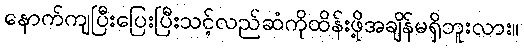
နောက်ကျပြီးပြေးပြီးသင့်လည်ဆံကိုထိန်းဖို့အချိန်မရှိဘူးလား။